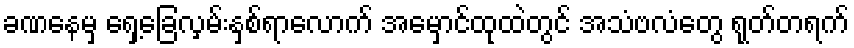
ခဏနေမှ ရှေ့ခြေလှမ်းနှစ်ရာလောက် အမှောင်ထုထဲတွင် အသံဗလံတွေ ရုတ်တရက်